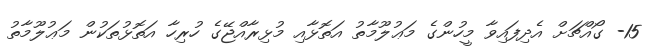
15- ގޯއްޗަށް އެދިފައިވާ މީހުންގެ މަޢުލޫމާތު އަތޮޅާއި މުޅިރާއްޖޭގެ ހުރިހާ އަތޮޅުތަކުން މަޢުލޫމާތު